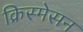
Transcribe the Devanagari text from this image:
क्रिस्मेसन